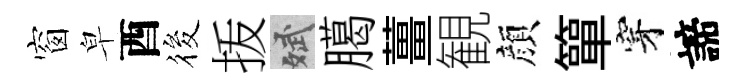
窗皁酉筱㧞斌臈薑観顔簞穿諦